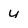
Character: u